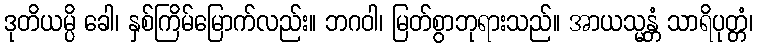
ဒုတိယမ္ပိ ခေါ၊ နှစ်ကြိမ်မြောက်လည်း။ ဘဂဝါ၊ မြတ်စွာဘုရားသည်။ အာယသ္မန္တံ သာရိပုတ္တံ၊